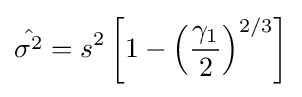
{\hat {\sigma ^{2}}}=s^{2}\left[1-\left({\frac {\gamma _{1}}{2}}\right)^{2/3}\right]